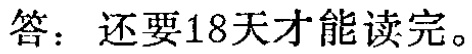
答：还要18天才能读完。